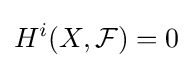
H^{i}(X,{\mathcal {F}})=0